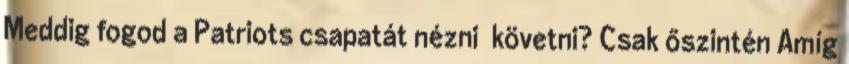
Meddig fogod a Patriots csapatát nézni követni? Csak őszintén Amíg